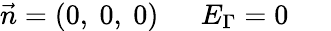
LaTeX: \vec{n}=(\mathrm{0,~0,~0})\mathrm{~\ \ \ \ \ }E_{\Gamma}=0\mathrm{~\ \ \ \ \ }